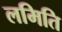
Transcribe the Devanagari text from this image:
लमिति